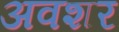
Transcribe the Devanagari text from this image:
अवशर